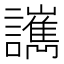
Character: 𧮄